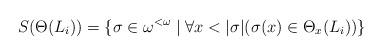
LaTeX: \begin{align*}S(\Theta(L_i)) = \{\sigma \in \omega^{<\omega} \mid \forall x < |\sigma| (\sigma(x) \in \Theta_x(L_i))\}\end{align*}